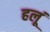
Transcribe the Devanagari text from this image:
हलूं